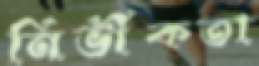
নির্ভীকতা